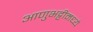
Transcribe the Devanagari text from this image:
आणुभट्टीमध्ये